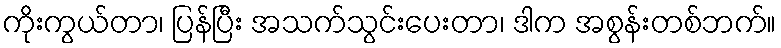
ကိုးကွယ်တာ၊ ပြန်ပြီး အသက်သွင်းပေးတာ၊ ဒါက အစွန်းတစ်ဘက်။